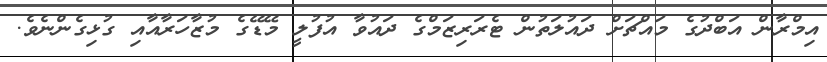
އިމްރާން އަބްދުގެ މައްޗަށް ދައުލަތުން ޓެރަރިޒަމްގެ ދައުވާ އުފުލީ މޭޑޭގެ މުޒާހަރާއާއި ގުޅިގެންނެވެ.